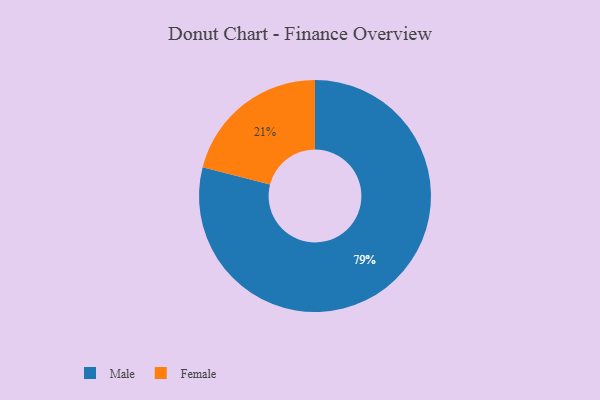
{"axis": {"x": "Category", "y": "Percentage"}, "legend": ["Female", "Male"], "data": [{"x": "Male", "y": 79, "type": "Male"}, {"x": "Female", "y": 21, "type": "Female"}]}